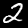
Label: 2